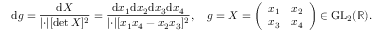
\mathrm { d } g = \frac { \mathrm { d } X } { \lvert \cdot \rvert [ \operatorname* { d e t } X ] ^ { 2 } } = \frac { \mathrm { d } x _ { 1 } \mathrm { d } x _ { 2 } \mathrm { d } x _ { 3 } \mathrm { d } x _ { 4 } } { \lvert \cdot \rvert [ x _ { 1 } x _ { 4 } - x _ { 2 } x _ { 3 } ] ^ { 2 } } , \quad g = X = \left( \begin{array} { l l } { x _ { 1 } } & { x _ { 2 } } \\ { x _ { 3 } } & { x _ { 4 } } \end{array} \right) \in \mathrm { G L } _ { 2 } ( \mathbb { R } ) .